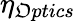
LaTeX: \eta_{\mathfrak{O}ptics}